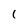
Character: 1